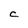
Character: C